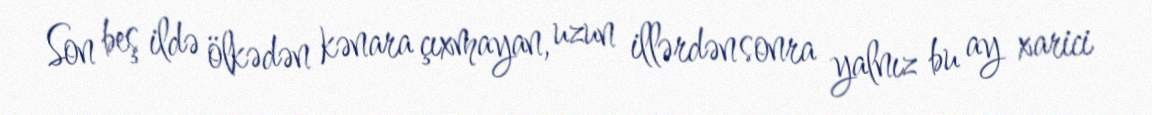
Son beş ildə ölkədən kənara çıxmayan, uzun illərdən sonra yalnız bu ay xarici